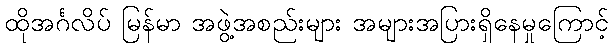
ထိုအင်္ဂလိပ် မြန်မာ အဖွဲ့အစည်းများ အများအပြားရှိနေမှုကြောင့်